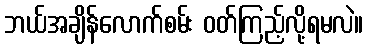
ဘယ်အချိန်လောက်စမ်း ဝတ်ကြည့်လို့ရမလဲ။